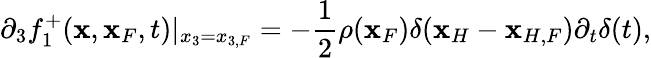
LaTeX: \partial_{3}f_{1}^{+}({\mathbf x},{\mathbf x}_{F},t)|_{x_{3}=x_{3,F}}=-\frac{1}{2}\rho({\mathbf x}_{F})\delta({\mathbf x}_{H}-{\mathbf x}_{H,F}){\partial_{t}}\delta(t),